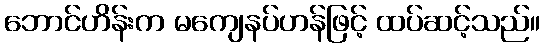
ဘောင်ဟိန်းက မကျေနပ်ဟန်ဖြင့် ထပ်ဆင့်သည်။